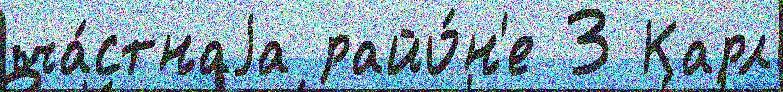
ча́стнаjа райо́н'е 3 Карл